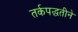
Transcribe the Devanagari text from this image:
तर्कपद्धतीने